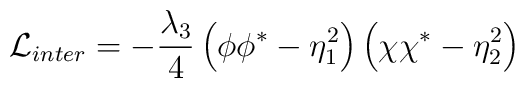
{\cal L}_{inter}=-\frac{\lambda_3}{4}\left(\phi\phi^*-\eta^2_1\right)\left(\chi\chi^*-\eta^2_2\right)